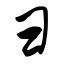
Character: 彐